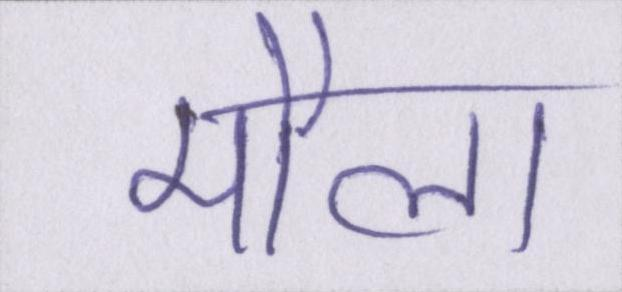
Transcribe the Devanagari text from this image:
मौला